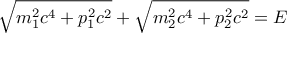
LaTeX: { \sqrt { m _ { 1 } ^ { 2 } c ^ { 4 } + p _ { 1 } ^ { 2 } c ^ { 2 } } } + { \sqrt { m _ { 2 } ^ { 2 } c ^ { 4 } + p _ { 2 } ^ { 2 } c ^ { 2 } } } = E